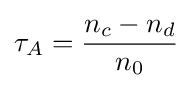
\tau _{A}={\frac {n_{c}-n_{d}}{n_{0}}}